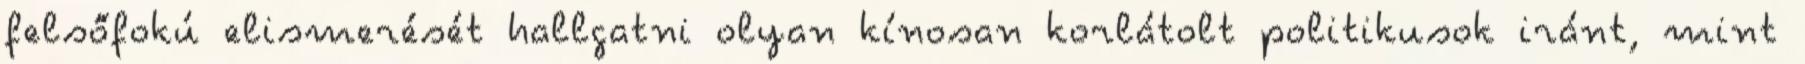
felsőfokú elismerését hallgatni olyan kínosan korlátolt politikusok iránt, mint